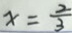
x = \frac { 2 } { 3 }